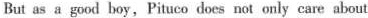
But as a good boy, Pituco does not only care about